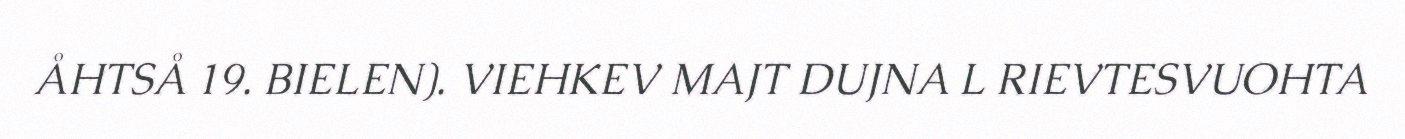
ÅHTSÅ 19. BIELEN). VIEHKEV MAJT DUJNA L RIEVTESVUOHTA